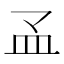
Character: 𰤳